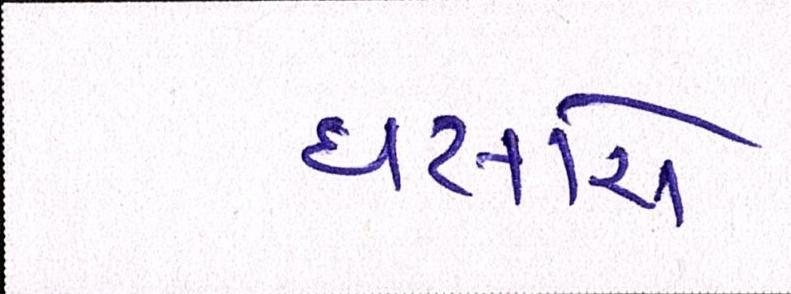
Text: ધસારો